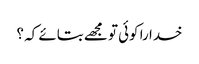
خدا را کوئی تو مجھے بتائے کہ ؟